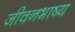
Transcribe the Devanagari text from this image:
जीवनभाष्य